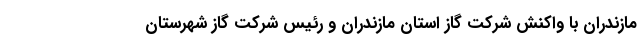
مازندران با واکنش شرکت گاز استان مازندران و رئیس شرکت گاز شهرستان